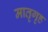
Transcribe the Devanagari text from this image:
मातृगृह